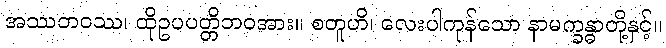
အဿဘဝဿ၊ ထိုဥပပတ္တိဘဝအား။ စတူဟိ၊ လေးပါကုန်သော နာမက္ခန္ဓာတို့နှင့်။